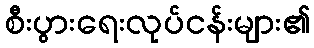
စီးပွားရေးလုပ်ငန်းများ၏